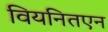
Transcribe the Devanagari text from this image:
वियनितएन